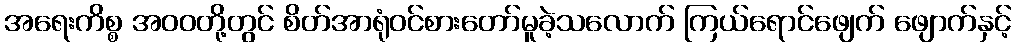
အရေးကိစ္စ အဝဝတို့တွင် စိတ်အာရုံဝင်စားတော်မူခဲ့သလောက် ကြယ်ရောင်ဖျေက် ဖျောက်နှင့်